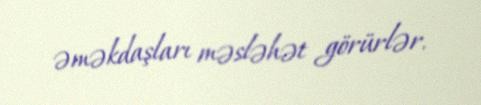
əməkdaşları məsləhət görürlər.